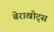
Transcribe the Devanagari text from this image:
बेराखोट्स